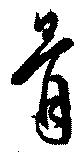
骨